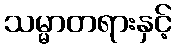
သမ္မာတရားနှင့်